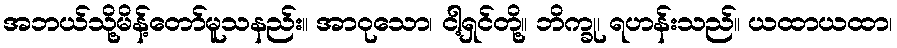
အဘယ်သို့မိန့်တော်မူသနည်း။ အာဝုသော၊ ငါ့ရှင်တို့။ ဘိက္ခု၊ ရဟန်းသည်။ ယထာယထာ၊